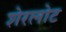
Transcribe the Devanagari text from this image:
शेरलोट